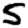
Digit: 5